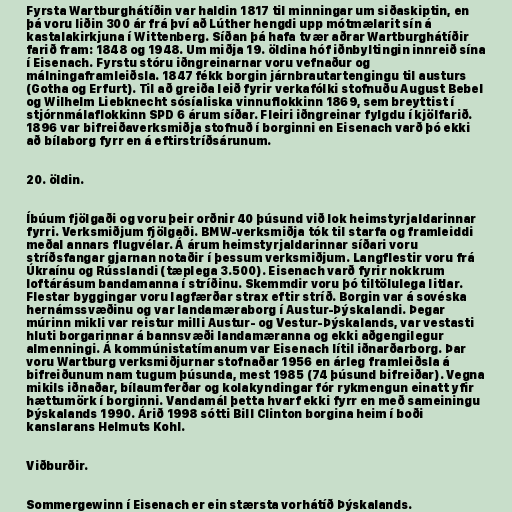
Fyrsta Wartburghátíðin var haldin 1817 til minningar um siðaskiptin, en
þá voru liðin 300 ár frá því að Lúther hengdi upp mótmælarit sín á
kastalakirkjuna í Wittenberg. Síðan þá hafa tvær aðrar Wartburghátíðir
farið fram: 1848 og 1948. Um miðja 19. öldina hóf iðnbyltingin innreið sína
í Eisenach. Fyrstu stóru iðngreinarnar voru vefnaður og
málningaframleiðsla. 1847 fékk borgin járnbrautartengingu til austurs
(Gotha og Erfurt). Til að greiða leið fyrir verkafólki stofnuðu August Bebel
og Wilhelm Liebknecht sósíaliska vinnuflokkinn 1869, sem breyttist í
stjórnmálaflokkinn SPD 6 árum síðar. Fleiri iðngreinar fylgdu í kjölfarið.
1896 var bifreiðaverksmiðja stofnuð í borginni en Eisenach varð þó ekki
að bílaborg fyrr en á eftirstríðsárunum.

20. öldin.

Íbúum fjölgaði og voru þeir orðnir 40 þúsund við lok heimstyrjaldarinnar
fyrri. Verksmiðjum fjölgaði. BMW-verksmiðja tók til starfa og framleiddi
meðal annars flugvélar. Á árum heimstyrjaldarinnar síðari voru
stríðsfangar gjarnan notaðir í þessum verksmiðjum. Langflestir voru frá
Úkraínu og Rússlandi (tæplega 3.500). Eisenach varð fyrir nokkrum
loftárásum bandamanna í stríðinu. Skemmdir voru þó tiltölulega litlar.
Flestar byggingar voru lagfærðar strax eftir stríð. Borgin var á sovéska
hernámssvæðinu og var landamæraborg í Austur-Þýskalandi. Þegar
múrinn mikli var reistur milli Austur- og Vestur-Þýskalands, var vestasti
hluti borgarinnar á bannsvæði landamæranna og ekki aðgengilegur
almenningi. Á kommúnistatímanum var Eisenach lítil iðnarðarborg. Þar
voru Wartburg verksmiðjurnar stofnaðar 1956 en árleg framleiðsla á
bifreiðunum nam tugum þúsunda, mest 1985 (74 þúsund bifreiðar). Vegna
mikils iðnaðar, bílaumferðar og kolakyndingar fór rykmengun einatt yfir
hættumörk í borginni. Vandamál þetta hvarf ekki fyrr en með sameiningu
Þýskalands 1990. Árið 1998 sótti Bill Clinton borgina heim í boði
kanslarans Helmuts Kohl.

Viðburðir.

Sommergewinn í Eisenach er ein stærsta vorhátíð Þýskalands.